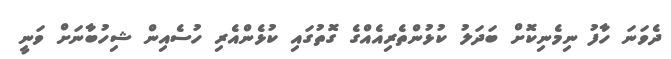
ދެވަނަ ހާފު ނިމެނިކޮށް ބަދަލު ކުޅުންތެރިއެއްގެ ގޮތުގައި ކުޅެންއެރި ހުސެއިން ޝިހުބާނަށް ވަނީ